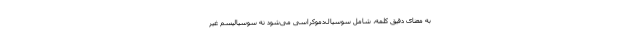
به معنای دقیق کلمه، شامل سوسیال‌دموکراسی می‌شود نه سوسیالیسم غیر